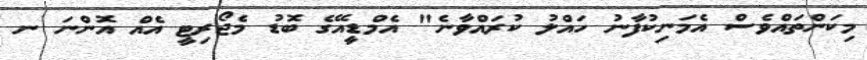
މިކަންތައްވެސް އެމަނިކުފާނު ހައްލު ކުރައްވާނެ" އެމްޑީއޭގެ ބޮޑު މެޖޯރިޓީ އެއް އޮންނަ ނ